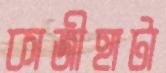
কাজীহাটা